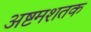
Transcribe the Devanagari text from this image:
अष्टमशतक